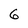
Character: 6